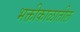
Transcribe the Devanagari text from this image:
भक्तीकाळातील